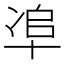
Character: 𠦥